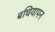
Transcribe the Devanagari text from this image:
बधियापन